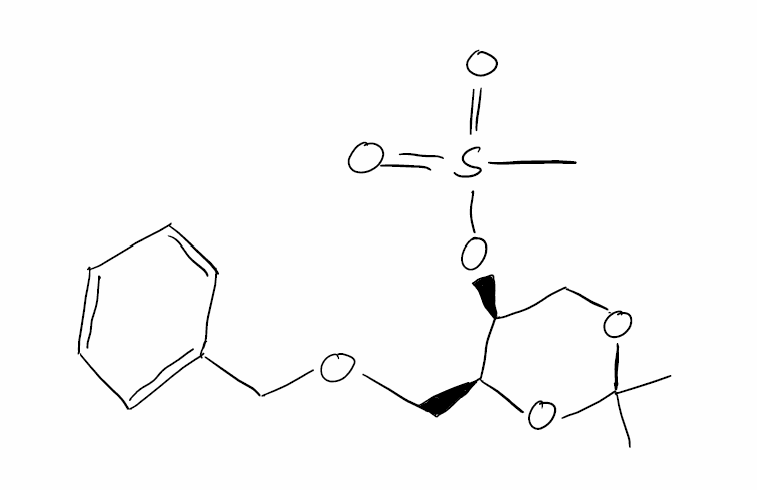
Simplified molecular-input line-entry system (SMILES) notation of the given molecule:
CC1(OC[C@@H]([C@@H](O1)COCC2=CC=CC=C2)OS(=O)(=O)C)C